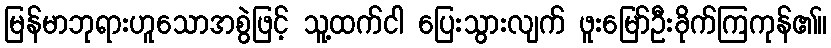
မြန်မာဘုရားဟူသောအစွဲဖြင့် သူ့ထက်ငါ ပြေးသွားလျက် ဖူးမြော်ဦးခိုက်ကြကုန်၏။